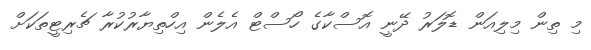
މި ތިން މިލިއަން ޑޮލަރު ދޭނީ އޮސްކާގެ ހޯސްޓް އެލެން އިހްތިޔާރުކުރާ ޗެރިޓީތަކަށް